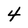
Character: 4